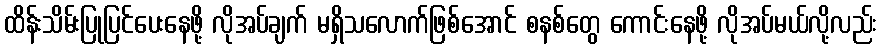
ထိန်းသိမ်းပြုပြင်ပေးနေဖို့ လိုအပ်ချက် မရှိသလောက်ဖြစ်အောင် စနစ်တွေ ကောင်းနေဖို့ လိုအပ်မယ်လို့လည်း